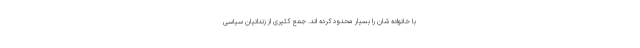
با خانواده شان را بسیار محدود کرده اند. جمع کثیری از زندانیان سیاسی